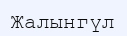
Жалынгүл